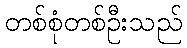
တစ်စုံတစ်ဦးသည်